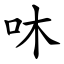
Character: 㕲